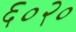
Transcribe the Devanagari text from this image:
६०२०